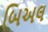
બિઅલ